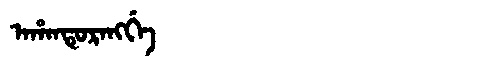
Manchu: ᠠᡥᠠᠨᡨᡠᡵᠠᠩᡤᡝ
Romanization: AHANTURANGGE